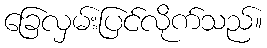
ခြေလှမ်းပြင်လိုက်သည်။